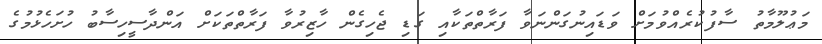
މަޢުލޫމާތު ސާފުކުރެއްވުމަށް ވަޑައިނުގަންނަވާ ފަރާތްތަކާއި ގަޑި ޖެހިގެން ހާޒިރުވާ ފަރާތްތަކަށް އަންދާސީހިސާބު ހުށަހެޅުމުގެ